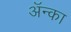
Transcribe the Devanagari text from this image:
अॅन्का